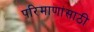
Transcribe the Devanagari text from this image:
परिमाणांसाठी